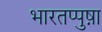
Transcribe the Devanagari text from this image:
भारतप्पुष़ा